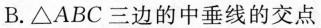
B.△ABC三边的中垂线的交点